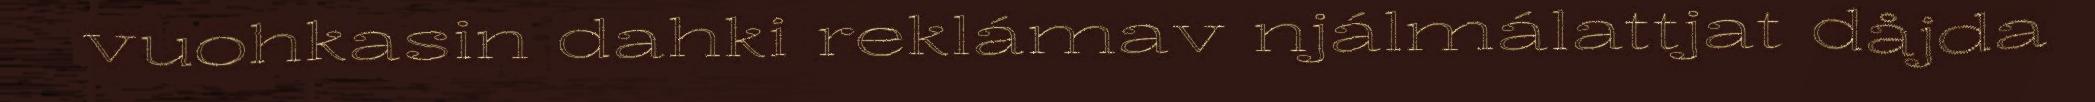
vuohkasin dahki reklámav njálmálattjat dåjda